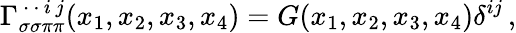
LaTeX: \Gamma_{\sigma\sigma\pi\pi}^{\, \cdot\, \cdot\, i\, j}(x_{1},x_{2},x_{3},x_{4})=G(x_{1},x_{2},x_{3},x_{4})\delta^{ij}\, ,